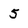
Character: 5